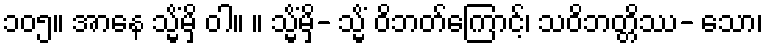
၁၀၅။ အာနေ သ္မိံမှိ ဝါ။ ။ သ္မိံမှိ- သ္မိံ ဝိဘတ်ကြောင့်၊ သဝိဘတ္တိဿ- သော၊